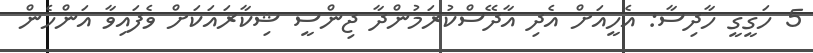
5 ހަގީގީ ހާދިސާ: އެހީއަށް އެދި އާދޭސްކުރަމުންދާ ޖިންސީ ޝިކާރައަކަށް ވެފައިވާ އަންހެން